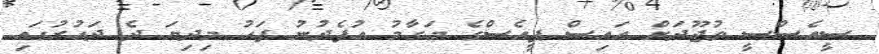
ސީއެސްސީ ވުޖޫދަށް އައިސް ޕީއެސްގެ މަގާމު އުފެދުނު ފަހު މިދިޔަ ދެ ދައުރުގައި